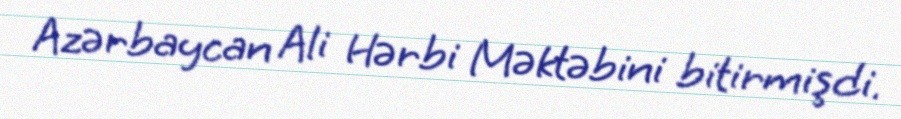
Azərbaycan Ali Hərbi Məktəbini bitirmişdi.